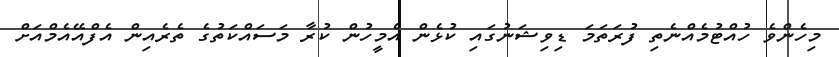
މިހެންވެ ހުއްޓުމެއްނެތި ފުރަތަމަ ޑިވިޝަނުގައި ކުޅެން އެމީހުން ކުރާ މަސައްކަތުގެ ތެރެއިން އެފްއޭއެމްއަށް